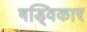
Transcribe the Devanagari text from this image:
षड्विकार